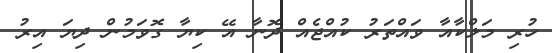
ހުރި މަލްކާއާ ވައްތަރު ކުއްޖެއް ދޮނާ އޭ ކިޔާ ގޮވަމުން ދިޔަ އިރު